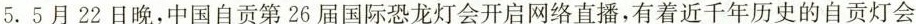
5. 5月 22 日晚，中国自贡第26届国际恐龙灯会开启网络直播，有着近千年历史的自贡灯会